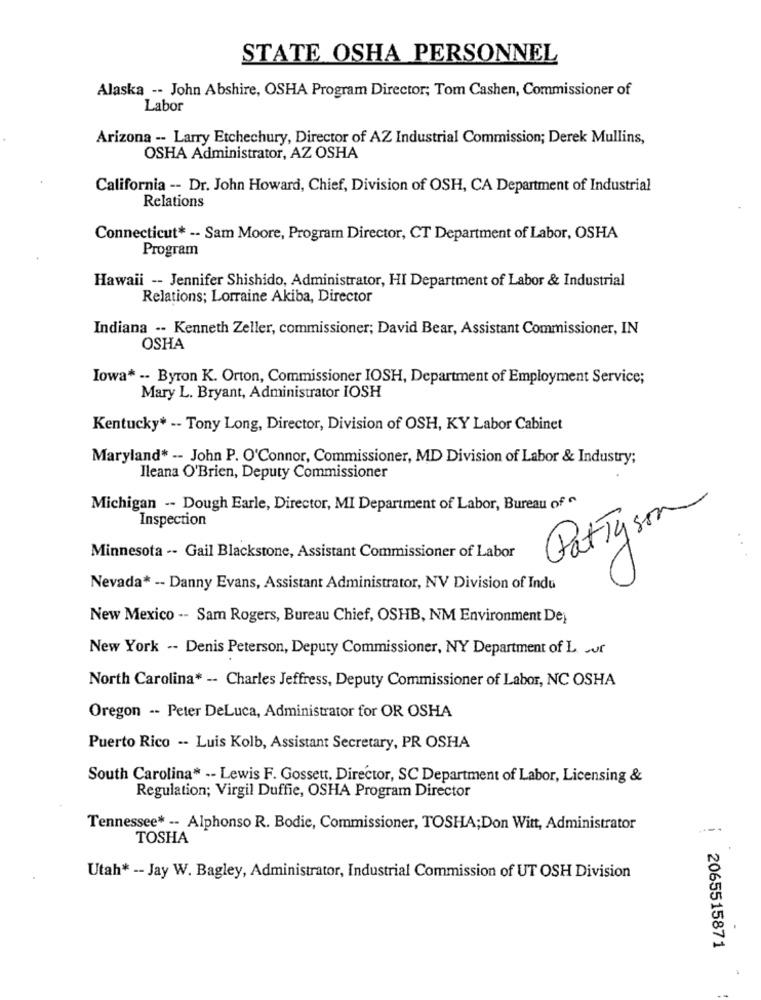
STATE OSHA PERSONNEL
Alaska -- John Abshire, OSHA Program Director; Tom Cashen, Commissioner of
Labor
Arizona -- Larry Etchechury, Director of AZ Industrial Commission; Derek Mullins,
OSHA Administrator, AZ OSHA
California -- Dr. John Howard, Chief, Division of OSH, CA Department of Industrial
Relations
Connecticut* -- Sam Moore, Program Director, CT Department of Labor, OSHA
Program
Hawaii -- Jennifer Shishido, Administrator, HI Department of Labor & Industrial
Relations; Lorraine Akiba, Director
Indiana -- Kenneth Zeller, commissioner; David Bear, Assistant Commissioner, IN
OSHA
Iowa* -- Byron K. Orton, Commissioner IOSH, Department of Employment Service;
Mary L. Bryant, Administrator IOSH
Kentucky* -- Tony Long, Director, Division of OSH, KY Labor Cabinet
Maryland* -- John P. O'Connor, Commissioner, MD Division of Labor & Industry;
Ileana O'Brien, Deputy Commissioner
Michigan -- Dough Earle, Director, MI Department of Labor, Bureau of "
Inspection
Patty som
Minnesota -- Gail Blackstone, Assistant Commissioner of Labor
Nevada* -- Danny Evans, Assistant Administrator, NV Division of Indu
New Mexico -- Sam Rogers, Bureau Chief, OSHB, NM Environment De)
New York -- Denis Peterson, Deputy Commissioner, NY Department of L. ur
North Carolina* -- Charles Jeffress, Deputy Commissioner of Labor, NC OSHA
Oregon -- Peter DeLuca, Administrator for OR OSHA
Puerto Rico -- Luis Kolb, Assistant Secretary, PR OSHA
South Carolina* -- Lewis F. Gossett, Director, SC Department of Labor, Licensing &
Regulation; Virgil Duffie, OSHA Program Director
Tennessee* -- Alphonso R. Bodie, Commissioner, TOSHA;Don Witt, Administrator
TOSHA
Utah* -- Jay W. Bagley, Administrator, Industrial Commission of UT OSH Division
2065515871